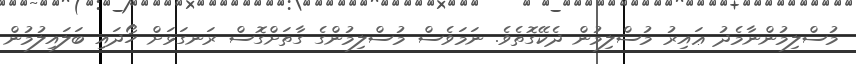
މުސްލިމުންނާމެދު ޢައިރު މުސްލިމުން ދެކޭގޮތެވެ. ނަމަވެސް މުސްލިމުންގެ ގާތަށްގޮސް ރަނގަޅަށް ހޯދައި ބަލައިލުމުން